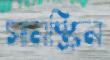
সানস্ক্রিন